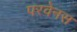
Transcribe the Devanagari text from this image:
परवेनस